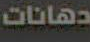
دهانات